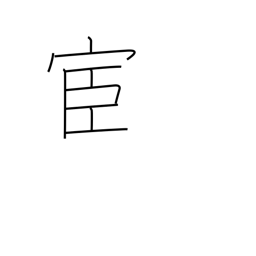
Meaning: official